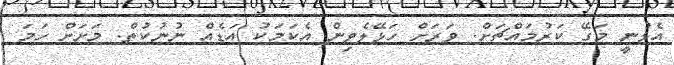
އެޅުނީ މަގޭ ކަރުމައްޗަށް. ވަރަށް ހަޅޭލެވިން އެކަމަކު އަޑެއް ނުނުކުތް. މަށަށް ހަމަ